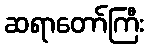
ဆရာတော်ကြီး